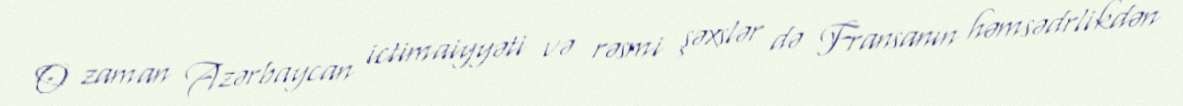
O zaman Azərbaycan ictimaiyyəti və rəsmi şəxslər də Fransanın həmsədrlikdən